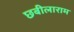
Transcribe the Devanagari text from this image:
छबीलाराम